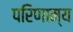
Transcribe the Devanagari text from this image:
परिणाम्य